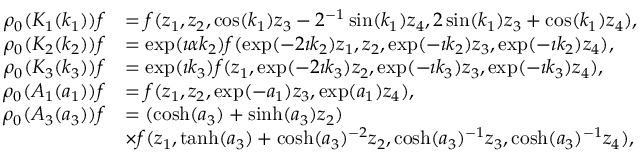
\begin{array} { r l } { \rho _ { 0 } ( K _ { 1 } ( k _ { 1 } ) ) f } & { = f ( z _ { 1 } , z _ { 2 } , \cos ( k _ { 1 } ) z _ { 3 } - 2 ^ { - 1 } \sin ( k _ { 1 } ) z _ { 4 } , 2 \sin ( k _ { 1 } ) z _ { 3 } + \cos ( k _ { 1 } ) z _ { 4 } ) , } \\ { \rho _ { 0 } ( K _ { 2 } ( k _ { 2 } ) ) f } & { = \exp ( \imath \alpha k _ { 2 } ) f ( \exp ( - 2 \imath k _ { 2 } ) z _ { 1 } , z _ { 2 } , \exp ( - \imath k _ { 2 } ) z _ { 3 } , \exp ( - \imath k _ { 2 } ) z _ { 4 } ) , } \\ { \rho _ { 0 } ( K _ { 3 } ( k _ { 3 } ) ) f } & { = \exp ( \imath k _ { 3 } ) f ( z _ { 1 } , \exp ( - 2 \imath k _ { 3 } ) z _ { 2 } , \exp ( - \imath k _ { 3 } ) z _ { 3 } , \exp ( - \imath k _ { 3 } ) z _ { 4 } ) , } \\ { \rho _ { 0 } ( A _ { 1 } ( a _ { 1 } ) ) f } & { = f ( z _ { 1 } , z _ { 2 } , \exp ( - a _ { 1 } ) z _ { 3 } , \exp ( a _ { 1 } ) z _ { 4 } ) , } \\ { \rho _ { 0 } ( A _ { 3 } ( a _ { 3 } ) ) f } & { = ( \cosh ( a _ { 3 } ) + \sinh ( a _ { 3 } ) z _ { 2 } ) } \\ & { \times f ( z _ { 1 } , \operatorname { t a n h } ( a _ { 3 } ) + \cosh ( a _ { 3 } ) ^ { - 2 } z _ { 2 } , \cosh ( a _ { 3 } ) ^ { - 1 } z _ { 3 } , \cosh ( a _ { 3 } ) ^ { - 1 } z _ { 4 } ) , } \end{array}